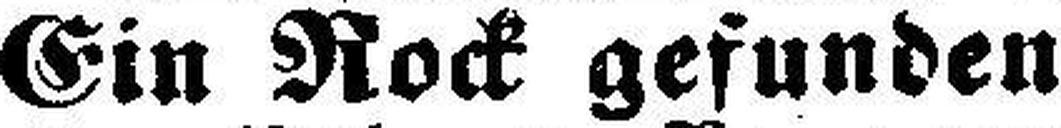
Ein Rock gefunden